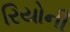
રિયોની